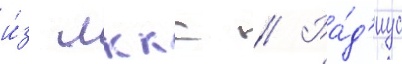
и́з лккс // Ра́д'иус